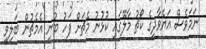
ނަމަވެސް އަޔެވާދީގެ ކޯޗު މާލޭގައި ކުޅުނު މެޗަށް ފަހު ބުނީ އެމެޗުން ބަލިވީ